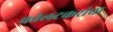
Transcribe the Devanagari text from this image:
कोलटकरांचा